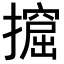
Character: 𢷈